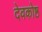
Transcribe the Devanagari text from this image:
देवकोष्ठ